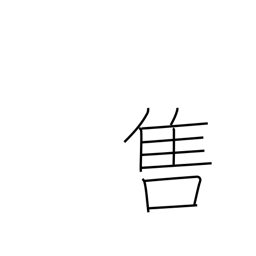
Meaning: be popular